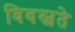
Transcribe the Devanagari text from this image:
विवस्वते